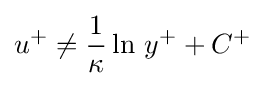
u^{+}\neq {\frac {1}{\kappa }}\ln \,y^{+}+C^{+}